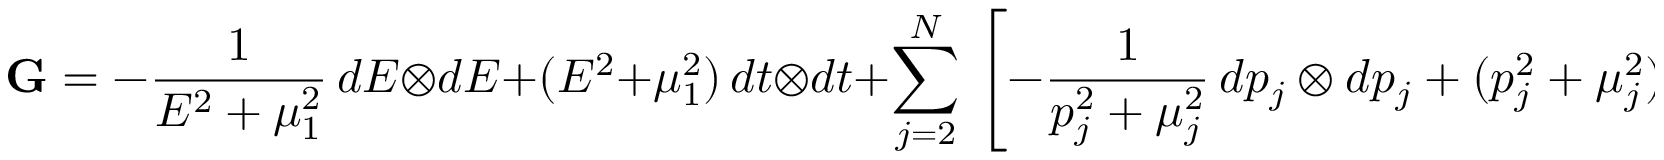
\mathbf { G } = - \frac { 1 } { E ^ { 2 } + \mu _ { 1 } ^ { 2 } } \, d E \otimes d E + ( E ^ { 2 } + \mu _ { 1 } ^ { 2 } ) \, d t \otimes d t + \sum _ { j = 2 } ^ { N } \, \left[ - \frac { 1 } { p _ { j } ^ { 2 } + \mu _ { j } ^ { 2 } } \, d p _ { j } \otimes d p _ { j } + ( p _ { j } ^ { 2 } + \mu _ { j } ^ { 2 } ) \, d \psi _ { j } \otimes d \psi _ { j } \right] \, ,